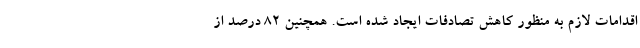
اقدامات لازم به منظور کاهش تصادفات ایجاد شده است. همچنین ۸۲ درصد از